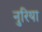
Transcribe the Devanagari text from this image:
नुरिया